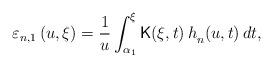
LaTeX: \begin{align*}\varepsilon _{n,1}\left( {u,\xi }\right) =\frac{1}{u}\int_{\alpha _{1}}^{\xi}\mathsf{K}{\left( {\xi ,t}\right) h}_{n}{\left( {u,t}\right) dt,}\end{align*}